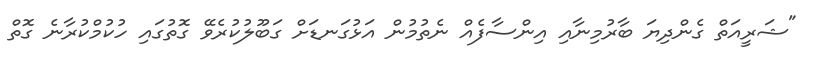
"ޝަރީއަތް ގެންދިޔަ ބާރުމިނާއި އިންސާފެއް ނެތުމުން އަޅުގަނޑަށް ގަބޫލުކުރެވޭ ގޮތުގައި ހުކުމްކުރާނެ ގޮތް